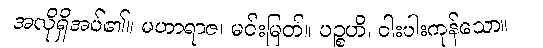
အလိုရှိအပ်၏။ မဟာရာဇ၊ မင်းမြတ်။ ပဉ္စဟိ၊ ငါးပါးကုန်သော။